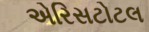
એરિસટોટલ